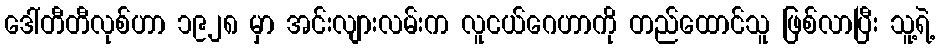
ဒေါ်တီတီလုစ်ဟာ ၁၉၂၈ မှာ အင်းလျားလမ်းက လူငယ်ဂေဟာကို တည်ထောင်သူ ဖြစ်လာပြီး သူ့ရဲ့